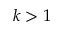
k > 1